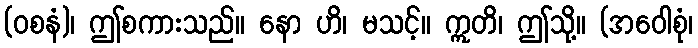
(ဝစနံ)၊ ဤစကားသည်။ နော ဟိ၊ မသင့်။ ဣတိ၊ ဤသို့။ (အဝေါစုံ၊